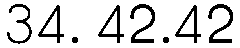
34. 42.42